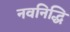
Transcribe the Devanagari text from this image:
नवनिद्धि